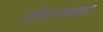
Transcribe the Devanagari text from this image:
जीवनकळा